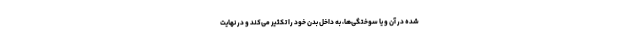
شده در آن و یا سوختگی‌ها، به داخل بدن خود را تکثیر می‌کند و در نهایت